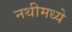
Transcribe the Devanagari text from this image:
नथीमध्ये